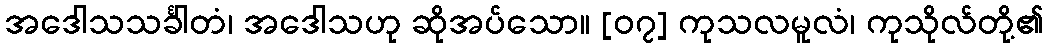
အဒေါသသင်္ခါတံ၊ အဒေါသဟု ဆိုအပ်သော။ [၀၇] ကုသလမူလံ၊ ကုသိုလ်တို့၏